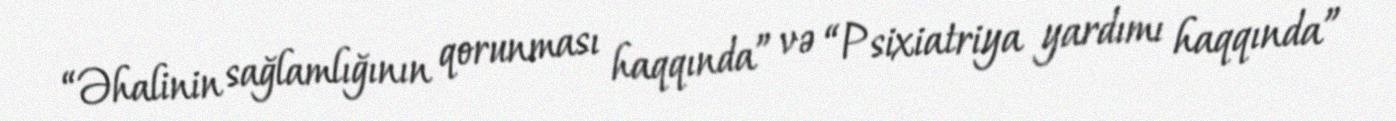
“Əhalinin sağlamlığının qorunması haqqında” və “Psixiatriya yardımı haqqında”